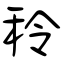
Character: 秢